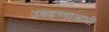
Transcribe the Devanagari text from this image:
उघडण्याआधी